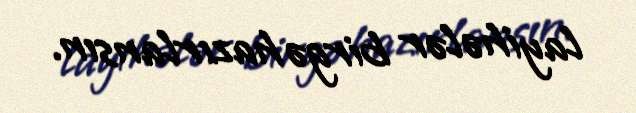
layihələr birgə hazırlansın.